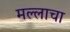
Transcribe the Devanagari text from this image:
मल्लाचा